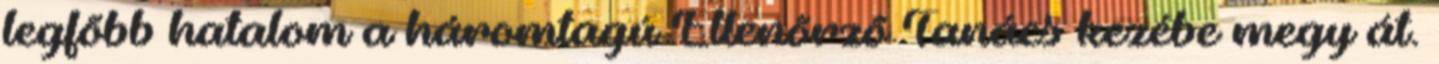
legfõbb hatalom a háromtagú Ellenõrzõ Tanács kezébe megy át.